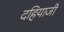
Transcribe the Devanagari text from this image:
दहियाजी